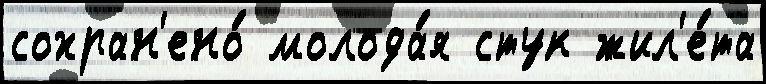
сохран'ено́ молода́я стук жил'е́та